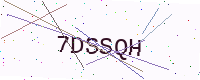
Text: 7DSSQH